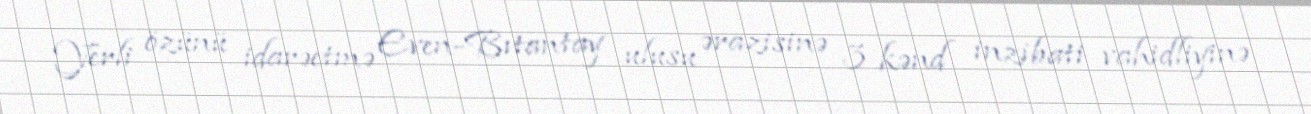
Yerli özünü idarəetmə Even-Bıtantay ulusu ərazisinə 3 kənd inzibati vahidliyinə